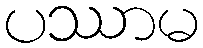
ပဿာမ